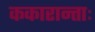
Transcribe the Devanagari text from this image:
ककारान्ताः